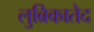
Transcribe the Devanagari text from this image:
लुब्रिकातेद